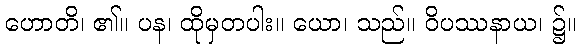
ဟောတိ၊ ၏။ ပန၊ ထိုမှတပါး။ ယော၊ သည်။ ဝိပဿနာယ၊ ၌။